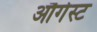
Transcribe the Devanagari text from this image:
औगेस्ट